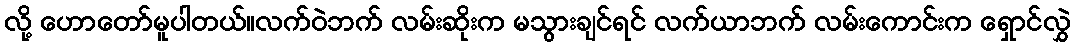
လို့ ဟောတော်မူပါတယ်။လက်ဝဲဘက် လမ်းဆိုးက မသွားချင်ရင် လက်ယာဘက် လမ်းကောင်းက ရှောင်လွှဲ